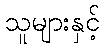
သူများနှင့်